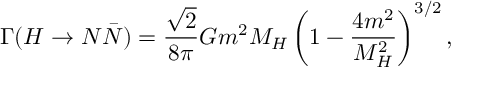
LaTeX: \Gamma ( H \to N \bar { N } ) = \frac { \sqrt { 2 } } { 8 \pi } G m ^ { 2 } M _ { H } \left( 1 - \frac { 4 m ^ { 2 } } { M _ { H } ^ { 2 } } \right) ^ { 3 / 2 } ,